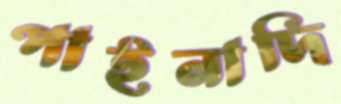
পাইনাদি